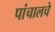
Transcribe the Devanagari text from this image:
पांचालचे